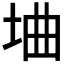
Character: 𫭭